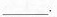
___.